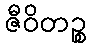
ဇီဝိတဉ္စ